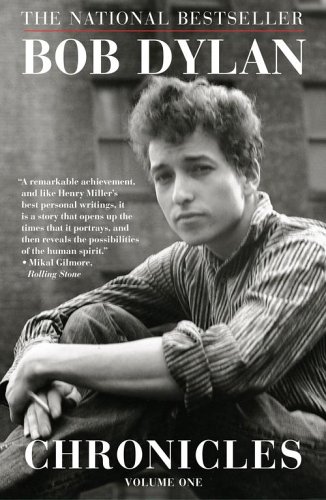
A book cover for Chronicles; Bob Dylan; Biographies & Memoirs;